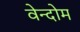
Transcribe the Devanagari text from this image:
वेन्दोम